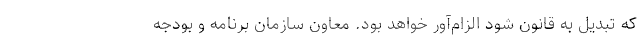
که تبدیل به قانون شود الزام‌آور خواهد بود. معاون سازمان برنامه و بودجه